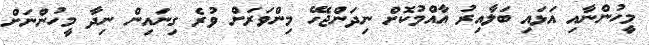
މީހުންނާއި އަޅައި ބަލާއިރު އާއްމުކޮށް ނިދަންޖެހޭ މިންވަރަށް ވުރެ ގިނައިން ނިދާ މީހުންނަށް